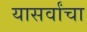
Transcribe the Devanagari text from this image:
यासर्वांचा